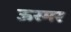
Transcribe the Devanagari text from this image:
ऊरमर